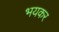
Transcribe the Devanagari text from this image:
भयकर